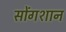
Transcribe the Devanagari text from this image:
सोंगशान